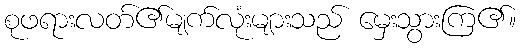
စုဖရားလတ်၏မျက်လုံးများသည် မှေးသွားကြ၏။